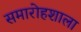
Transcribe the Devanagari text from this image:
समारोहशाला